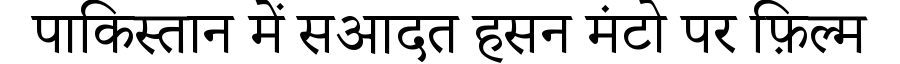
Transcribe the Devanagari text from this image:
पाकिस्तान में सआदत हसन मंटो पर फ़िल्म